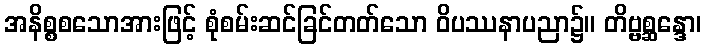
အနိစ္စစသောအားဖြင့် စုံစမ်းဆင်ခြင်တတ်သော ဝိပဿနာပညာ၌။ တိဗ္ဗစ္ဆန္ဒော၊